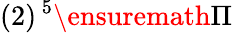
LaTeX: (2)\, {}^{5}\ensuremath{\Pi}